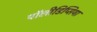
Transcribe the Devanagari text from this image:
पॉलीडिप्सिया